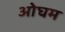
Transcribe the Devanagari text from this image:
ओघम